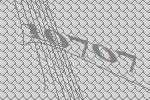
10707